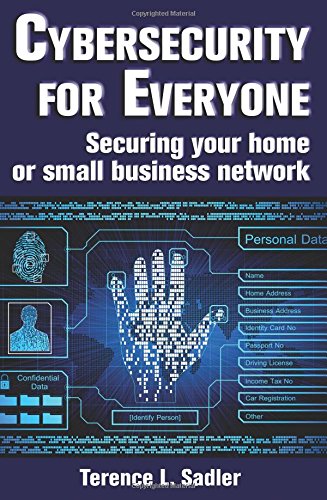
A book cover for Cybersecurity for Everyone: Securing your home or small business network; Terence L Sadler; Computers & Technology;